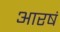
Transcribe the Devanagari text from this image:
आरषं